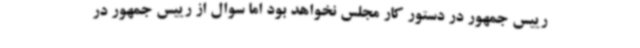
رییس جمهور در دستور کار مجلس نخواهد بود اما سوال از رییس جمهور در